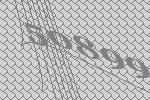
50899